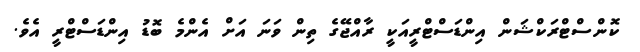
ކޮންސްޓްރަކްޝަން އިންޑަސްޓްރީއަކީ ރާއްޖޭގެ ތިން ވަނަ އަށް އެންމެ ބޮޑު އިންޑަސްޓްރީ އެވެ.